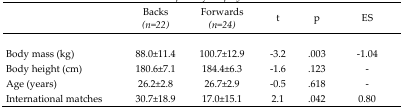
<table><thead><tr><td></td><td><b>Backs <i>(n=22)</i></b></td><td><b>Forwards <i>(n=24)</i></b></td><td><b>t</b></td><td><b>p</b></td><td><b>ES</b></td></tr></thead><tbody><tr><td>Body mass (kg)</td><td>88.0±11.4</td><td>100.7±12.9</td><td>−3.2</td><td>.003</td><td>−1.04</td></tr><tr><td>Body height (cm)</td><td>180.6±7.1</td><td>184.4±6.3</td><td>−1.6</td><td>.123</td><td>-</td></tr><tr><td>Age (years)</td><td>26.2±2.8</td><td>26.7±2.9</td><td>−0.5</td><td>.618</td><td>-</td></tr><tr><td>International matches</td><td>30.7±18.9</td><td>17.0±15.1</td><td>2.1</td><td>.042</td><td>0.80</td></tr></tbody></table>